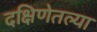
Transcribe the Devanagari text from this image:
दक्षिणेतल्या